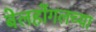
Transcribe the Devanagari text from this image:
बेलहोंगलच्या